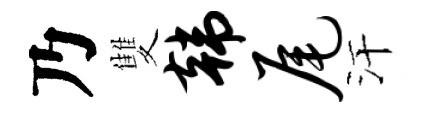
乃雙韩尾汗